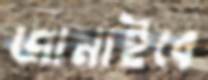
জানাইবে